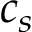
c _ { s }